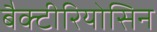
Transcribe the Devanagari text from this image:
बैक्टीरियोसिन